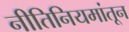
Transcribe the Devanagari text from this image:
नीतिनियमांतून